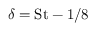
\delta = \mathrm { S t } - 1 / 8